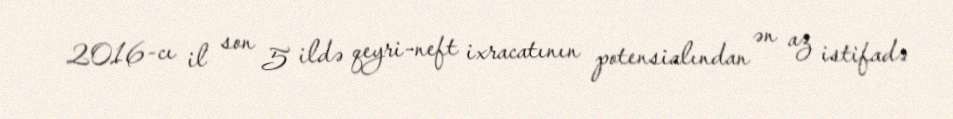
2016-cı il son 5 ildə qeyri-neft ixracatının potensialından ən az istifadə